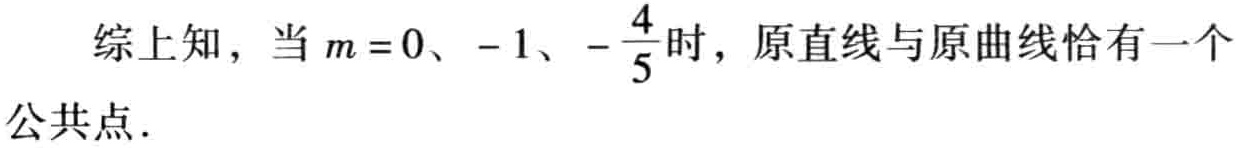
综上知，当 \(m = 0、-1、-\frac{4}{5}\) 时，原直线与原曲线恰有一个公共点．